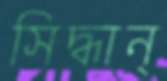
সিদ্ধান্